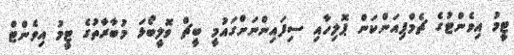
ޓީމު އިވެންޓުގެ ޗެމްޕިއަންކަން ޕޮލިހާއި ސިފައިންނަށްގައުމީ ބީޗް ވޮލީބޯޅަ މުބާރާތުގެ ޓީމު އިވެންޓް